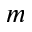
m